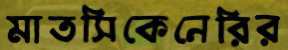
মাতসিকেনেরির